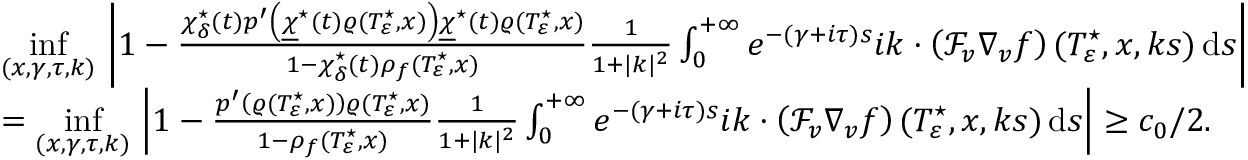
\begin{array} { r l } & { \underset { ( x , \gamma , \tau , k ) } { \operatorname* { i n f } } \, \left\vert 1 - \frac { \chi _ { \delta } ^ { \star } ( t ) p ^ { \prime } \left( \underline { { \chi } } ^ { \star } ( t ) \varrho ( T _ { \varepsilon } ^ { \star } , x ) \right) \underline { { \chi } } ^ { \star } ( t ) \varrho ( T _ { \varepsilon } ^ { \star } , x ) } { 1 - \chi _ { \delta } ^ { \star } ( t ) \rho _ { f } ( T _ { \varepsilon } ^ { \star } , x ) } \frac { 1 } { 1 + \vert k \vert ^ { 2 } } \int _ { 0 } ^ { + \infty } e ^ { - ( \gamma + i \tau ) s } i k \cdot \left( \mathcal { F } _ { v } \nabla _ { v } f \right) ( T _ { \varepsilon } ^ { \star } , x , k s ) \, \mathrm { d } s \right\vert } \\ & { = \underset { ( x , \gamma , \tau , k ) } { \operatorname* { i n f } } \, \left\vert 1 - \frac { p ^ { \prime } \left( \varrho ( T _ { \varepsilon } ^ { \star } , x ) \right) \varrho ( T _ { \varepsilon } ^ { \star } , x ) } { 1 - \rho _ { f } ( T _ { \varepsilon } ^ { \star } , x ) } \frac { 1 } { 1 + \vert k \vert ^ { 2 } } \int _ { 0 } ^ { + \infty } e ^ { - ( \gamma + i \tau ) s } i k \cdot \left( \mathcal { F } _ { v } \nabla _ { v } f \right) ( T _ { \varepsilon } ^ { \star } , x , k s ) \, \mathrm { d } s \right\vert \geq c _ { 0 } / 2 . } \end{array}